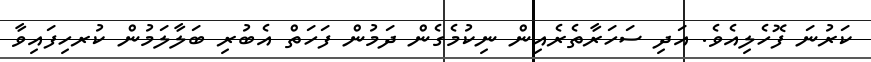
ކަރުނަ ފޮހެލިއެވެ. އަދި ސަހަރާތެރެއިން ނިކުމެގެން ދަމުން ފަހަތް އެބުރި ބަލާލަމުން ކުރހިފައިވާ